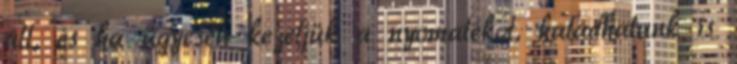
áll, és ha ügyesen kezeljük a nyomatékot, haladhatunk is